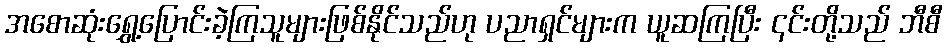
အစောဆုံးရွှေ့ပြောင်းခဲ့ကြသူများဖြစ်နိုင်သည်ဟု ပညာရှင်များက ယူဆကြပြီး ၎င်းတို့သည် ဘီစီ